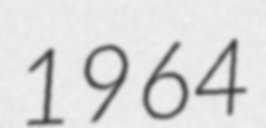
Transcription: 1964